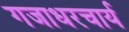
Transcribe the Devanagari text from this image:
गजाधरचार्य